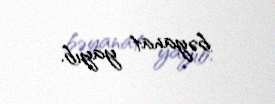
bəyanat yayıb.